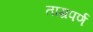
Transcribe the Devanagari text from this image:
ताम्रपर्ण